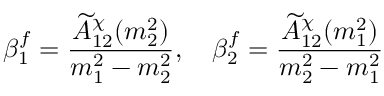
\beta _ { 1 } ^ { f } = { \frac { \widetilde A _ { 1 2 } ^ { \chi } ( m _ { 2 } ^ { 2 } ) } { m _ { 1 } ^ { 2 } - m _ { 2 } ^ { 2 } } } , \quad \beta _ { 2 } ^ { f } = { \frac { \widetilde A _ { 1 2 } ^ { \chi } ( m _ { 1 } ^ { 2 } ) } { m _ { 2 } ^ { 2 } - m _ { 1 } ^ { 2 } } }